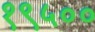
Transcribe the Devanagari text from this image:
१९५००